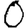
Digit: 0